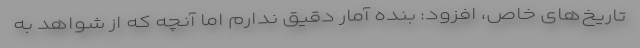
تاریخ‌های خاص، افزود: بنده آمار دقیق ندارم اما آنچه که از شواهد به